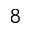
_ 8